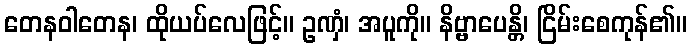
တေနဝါတေန၊ ထိုယပ်လေဖြင့်။ ဥဏှံ၊ အပူကို။ နိဗ္ဗာပေန္တိ၊ ငြိမ်းစေကုန်၏။